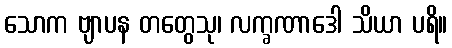
သောက ဗျာပန တတွေသု၊ လက္ခဏာဒေါ သိယာ ပရိ။